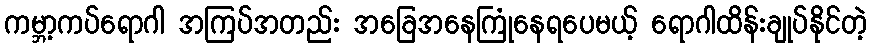
ကမ္ဘာ့ကပ်ရောဂါ အကြပ်အတည်း အခြေအနေကြုံနေရပေမယ့် ရောဂါထိန်းချုပ်နိုင်တဲ့